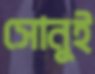
সোনুই